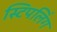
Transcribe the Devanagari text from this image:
स्टिपलिंग